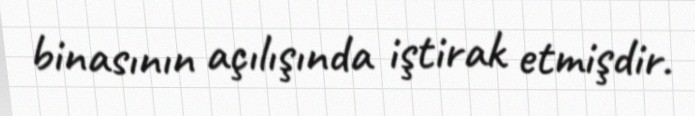
binasının açılışında iştirak etmişdir.